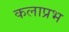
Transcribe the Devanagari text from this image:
कलाप्रभ